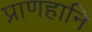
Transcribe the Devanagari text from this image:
प्राणहानि